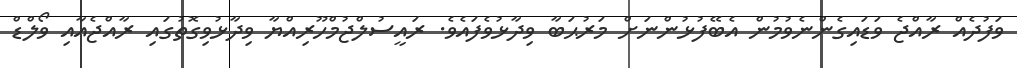
ވަފުދެއް ރާއްޖެ ވަޑައިގެންނެވުމުން އެބޭފުޅުންނަށް މަރުޙަބާ ވިދާޅުވެފައެވެ. ރައީސުލްޖުމްހޫރިއްޔާ ވިދާޅުވިގޮތުގައި ރާއްޖެއާއި ވޯލްޑް